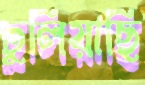
ঢুলিয়াছি